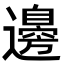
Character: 邊